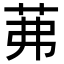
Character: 茀